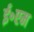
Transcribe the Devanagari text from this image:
ई॰एम